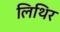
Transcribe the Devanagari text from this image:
लिथिर